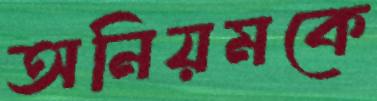
অনিয়মকে